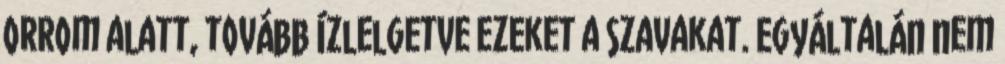
orrom alatt, tovább ízlelgetve ezeket a szavakat. Egyáltalán nem